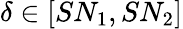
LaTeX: \delta\in[SN_{1},SN_{2}]